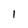
Character: l